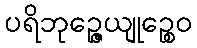
ပရိဘုဉ္ဇေယျုဉ္စေဝ